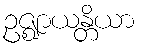
ဥဇ္ဈာယန္တိယာ